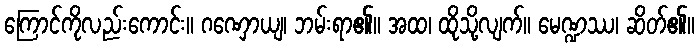
ကြောင်ကိုလည်းကောင်း။ ဂဏှောယျ၊ ဘမ်းရာ၏။ အထ၊ ထိုသို့လျက်။ မေဏ္ဍဿ၊ ဆိတ်၏။